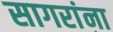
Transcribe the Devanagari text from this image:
सागरांना